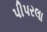
પીપરલા